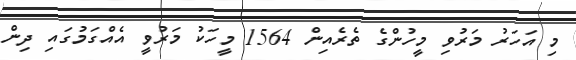
މި އަހަރު މަރުވި މީހުންގެ ތެރެއިން 1564 މީހަކު މަރުވީ އެއްގަމުގައި ދިން